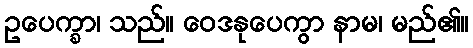
ဥပေက္ခာ၊ သည်။ ဝေဒနုပေကွာ နာမ၊ မည်၏။